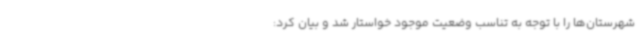
شهرستان‌ها را با توجه به تناسب وضعیت موجود خواستار شد و بیان کرد: